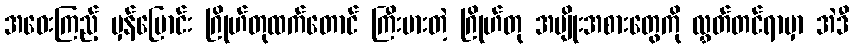
အဝေးကြည့် မှန်ပြောင်း ဂြိုဟ်တုထက်တောင် ကြီးမားတဲ့ ဂြိုဟ်တု အမျိုးအစားတွေကို လွှတ်တင်ရာမှာ အဲဒီ